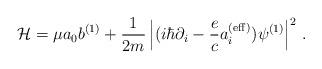
LaTeX: \begin{align*}{\cal H}= \mu a_0 b^{(1)}+ {1 \over 2m} \left|(i \hbar \partial_i - {e\over c} a_i^{({\rm eff})} )\psi^{(1)} \right|^2\,.\end{align*}